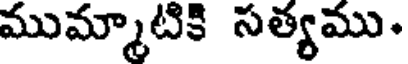
ముమ్మాటికి సత్యము.